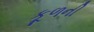
કૂળની